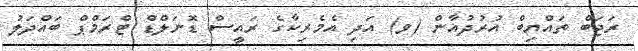
ރަޖަބް ތައްޔިބް އުރުދުޣާން (ވ) އަދި އެމެރިކާގެ ރައީސް ޑޮނަލްޑް ޓްރަމްޕް ބައްދަލު